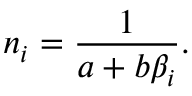
n _ { i } = \frac { 1 } { a + b \beta _ { i } } .